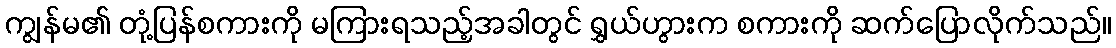
ကျွန်မ၏ တုံ့ပြန်စကားကို မကြားရသည့်အခါတွင် ရွှယ်ဟွားက စကားကို ဆက်ပြောလိုက်သည်။